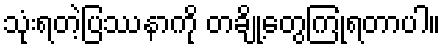
သုံးရတဲ့ပြဿနာကို တချို့တွေကြုံရတာပါ။